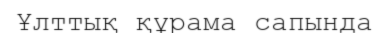
Ұлттық құрама сапында